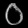
Digit: ၀